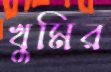
খুমির